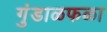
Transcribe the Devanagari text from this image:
गुंडाळफळा